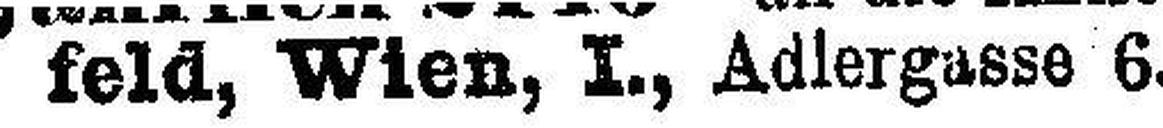
feld, Wien, I., Adlergasse 6